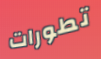
تطورات